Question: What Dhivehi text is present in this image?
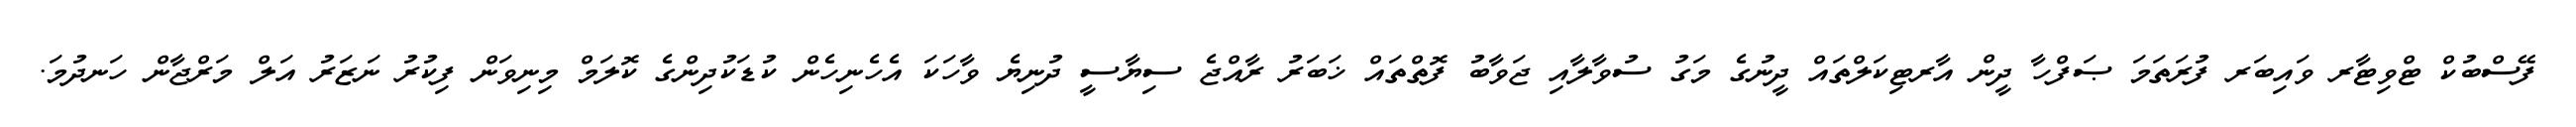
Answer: ފޭސްބުކް ޓްވިޓާރ ވައިބަރ ފުރަތަމަ ޞަފްހާ ދީން އާރޓިކަލްތައް ދީނުގެ މަގު ސުވާލާއި ޖަވާބު ފޮތްތައް ޚަބަރު ރާއްޖެ ސިޔާސީ ދުނިޔެ ވާހަކަ އެހެނިހެން ކުޑަކުދިންގެ ކޮލަމް މިނިވަން ފިކުރު ނަޒަރު އަލް މަރްޖާން ހަނދުމަ.